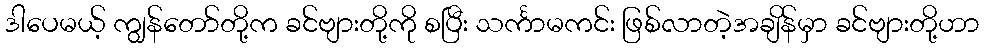
ဒါပေမယ့် ကျွန်တော်တို့က ခင်ဗျားတို့ကို စပြီး သင်္ကာမကင်း ဖြစ်လာတဲ့အချိန်မှာ ခင်ဗျားတို့ဟာ